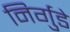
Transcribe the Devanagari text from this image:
निर्गुडे